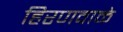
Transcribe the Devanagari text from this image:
हिरणवाळे